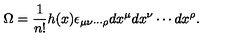
\Omega = \frac { 1 } { n ! } h ( x ) \epsilon _ { { \mu } { \nu } \cdots { \rho } } d x ^ { \mu } d x ^ { \nu } \cdots d x ^ { \rho } .